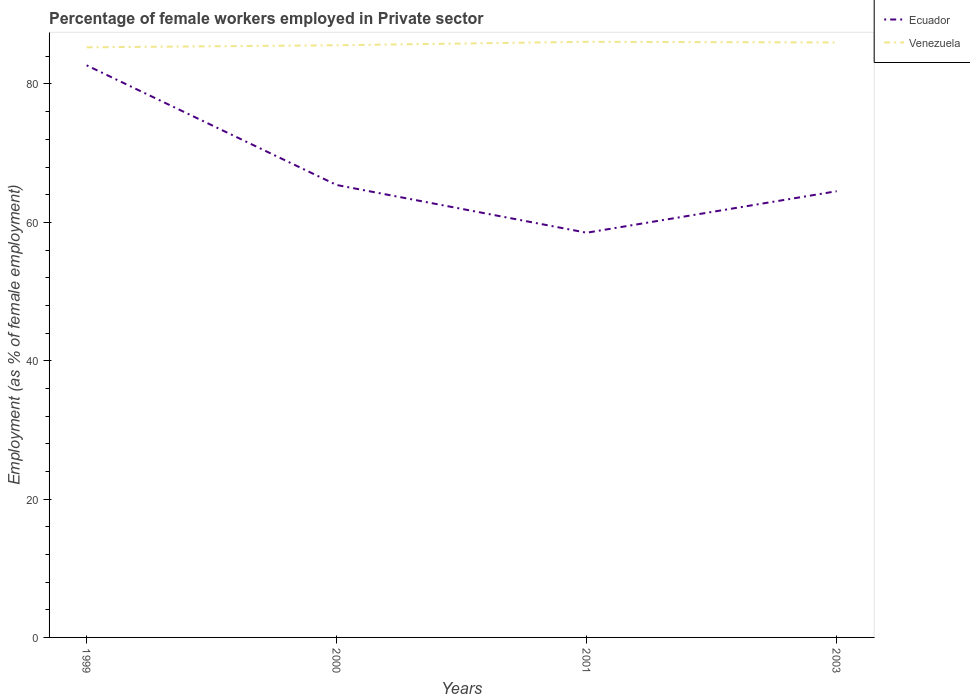
| Years | Ecuador | Venezuela |
 | --- | --- | --- |
 | 1999 | 82.7 | 85.3 |
 | 2000 | 65.4 | 85.6 |
 | 2001 | 58.5 | 86.1 |
 | 2003 | 64.5 | 86 |